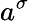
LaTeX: a^{\sigma}